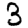
Digit: 3